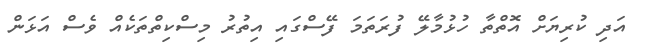
އަދި ކުރިޔަށް އޮތްތާ ހުޅުމާލޭ ފުރަތަމަ ފޭސްގައި އިތުރު މިސްކިތްތަކެއް ވެސް އަޅަން